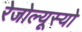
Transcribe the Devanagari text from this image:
रेजोल्यूस्यो